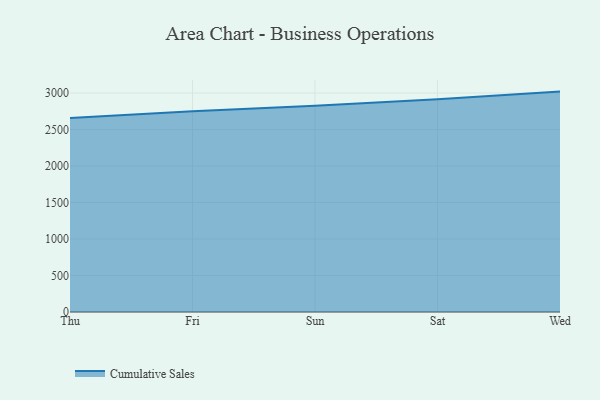
{"axis": {"x": "Day", "y": "Temperature (°C)"}, "legend": ["Cumulative Sales"], "data": [{"x": "Thu", "y": 2655.9, "type": "Cumulative Sales"}, {"x": "Fri", "y": 2749.6, "type": "Cumulative Sales"}, {"x": "Sun", "y": 2826.2, "type": "Cumulative Sales"}, {"x": "Sat", "y": 2915.3, "type": "Cumulative Sales"}, {"x": "Wed", "y": 3018.7, "type": "Cumulative Sales"}]}